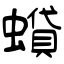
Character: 蟘